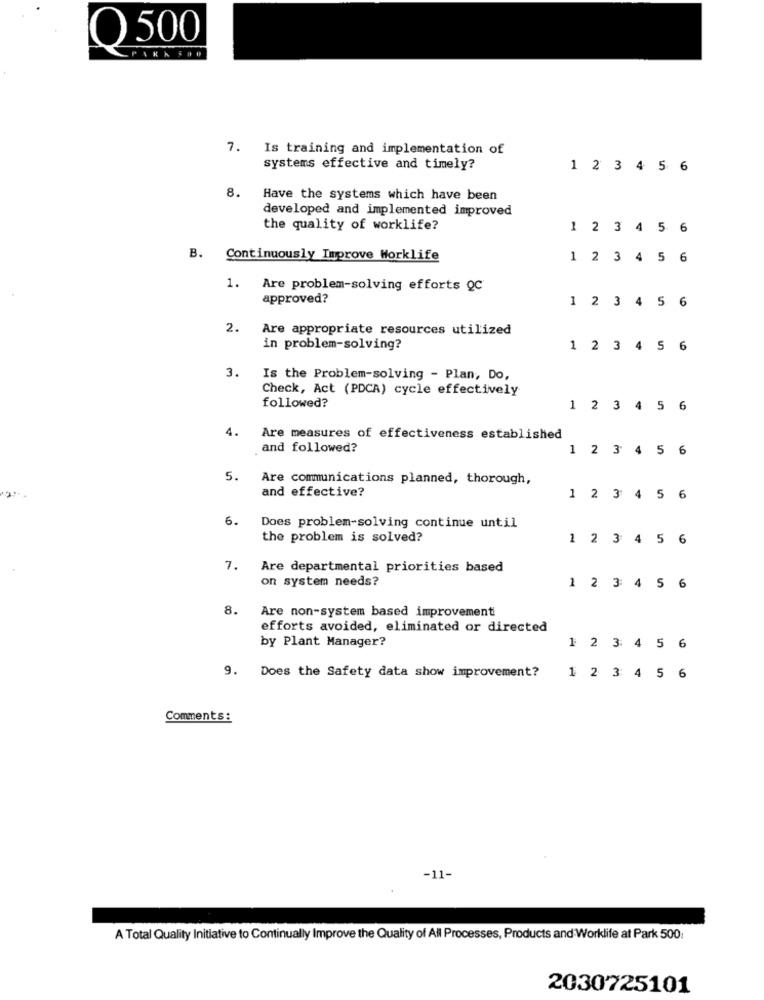
Q500
PARK SHO
7. Is training and implementation of
systems effective and timely?
1 2 3 4 5 6
. Have the systems which have been
developed and implemented improved
the quality of worklife?
1 2 3 4 5 6
B. Continuously Improve Worklife
1 2 3 4 5 6
1.
Are problem-solving efforts QC
approved?
1 2 3 4 5 6
2.
Are appropriate resources utilized
in problem-solving?
1 2 3 4 5 6
3.
Is the Problem-solving - Plan, Do,
Check, Act (PDCA) cycle effectively
followed?
1 2 3 4 5 6
4.
Are measures of effectiveness established
and followed?
1 2 3 4 5 6
5.
Are communications planned, thorough,
and effective?
1 2 3 4 5
6
6.
Does problem-solving continue until
the problem is solved?
1 2 3 4 5
6
7.
Are departmental priorities based
on system needs?
1 2 3 4 5
6
8.
Are non-system based improvementi
efforts avoided, eliminated or directed
by Plant Manager?
1 2 3 4 5 6
9. Does the Safety data show improvement?
1 2 3 4 5 6
Comments :
-11-
A Total Quality Initiative to Continually Improve the Quality of All Processes, Products and Worklife at Park 500:
2030725101